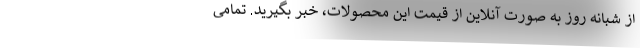
از شبانه روز به صورت آنلاین از قیمت این محصولات، خبر بگیرید. تمامی